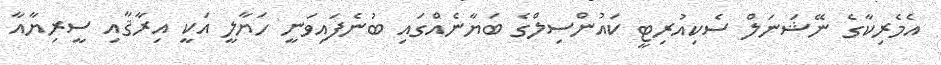
އެމެރިކާގެ ނޭޝަނަލް ސެކިއުރިޓީ ކައުންސިލްގެ ބަޔާނެއްގައި ބުނެފައިވަނީ ހަޔާލީ އަކީ އިރާޤާއި ސީރިޔާއާ